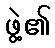
ဖွဲ့၏